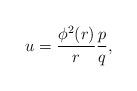
LaTeX: \begin{gather*}u= \frac{\phi^{2}(r)}{r}\frac{p}{q},\end{gather*}